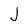
Character: J